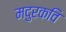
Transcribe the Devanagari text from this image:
मदुरकवि